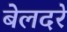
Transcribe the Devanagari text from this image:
बेलदरे